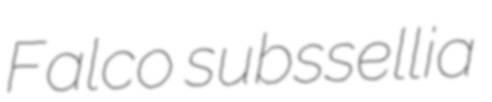
Falco subssellia